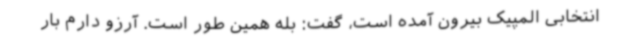
انتخابی المپیک بیرون آمده است، گفت: بله همین طور است. آرزو دارم بار